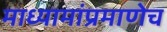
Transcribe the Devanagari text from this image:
माध्यामांप्रमाणेच